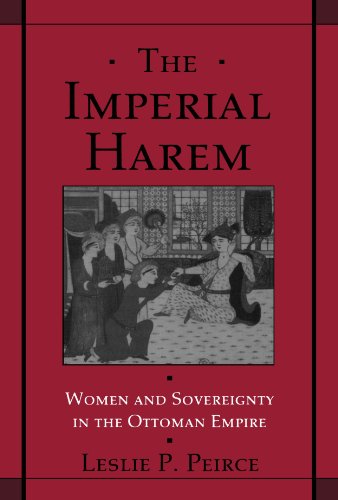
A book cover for The Imperial Harem: Women and Sovereignty in the Ottoman Empire (Studies in Middle Eastern History); Leslie P. Peirce; Self-Help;